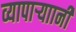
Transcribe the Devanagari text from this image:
व्यापाऱ्याानी